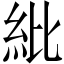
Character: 紕